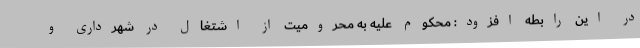
در این رابطه افزود: محکوم علیه به محرومیت از اشتغال در شهرداری و